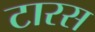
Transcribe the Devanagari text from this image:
टारस